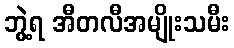
ဘွဲ့ရ အီတလီအမျိုးသမီး